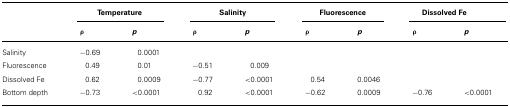
<table><thead><tr><td></td><td colspan="2"><b>Temperature</b></td><td colspan="2"><b>Salinity</b></td><td colspan="2"><b>Fluorescence</b></td><td colspan="2"><b>Dissolved Fe</b></td></tr><tr><td></td><td><b>ρ</b></td><td><b><i>p</i></b></td><td><b>ρ</b></td><td><b><i>p</i></b></td><td><b>ρ</b></td><td><b><i>p</i></b></td><td><b>ρ</b></td><td><b><i>p</i></b></td></tr></thead><tbody><tr><td>Salinity</td><td>-0.69</td><td>0.0001</td></tr><tr><td>Fluorescence</td><td>0.49</td><td>0.01</td><td>-0.51</td><td>0.009</td></tr><tr><td>Dissolved Fe</td><td>0.62</td><td>0.0009</td><td>-0.77</td><td>&lt;0.0001</td><td>0.54</td><td>0.0046</td></tr><tr><td>Bottom depth</td><td>-0.73</td><td>&lt;0.0001</td><td>0.92</td><td>&lt;0.0001</td><td>-0.62</td><td>0.0009</td><td>-0.76</td><td>&lt;0.0001</td></tr></tbody></table>